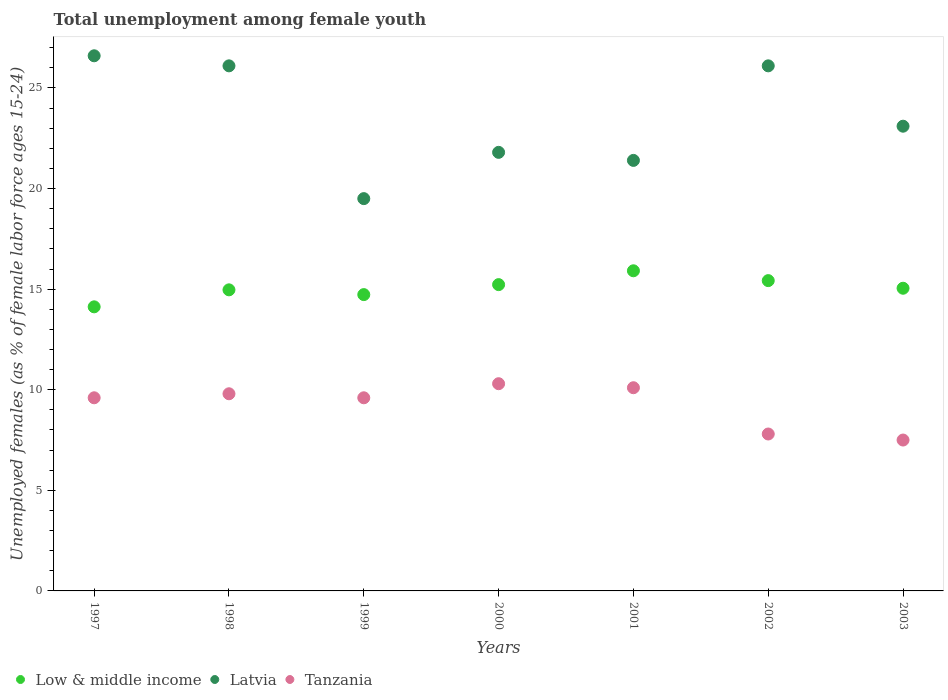
| Years | Low & middle income | Latvia | Tanzania |
 | --- | --- | --- | --- |
 | 1997 | 14.1 | 26.6 | 9.6 |
 | 1998 | 15 | 26.1 | 9.8 |
 | 1999 | 14.7 | 19.5 | 9.6 |
 | 2000 | 15.2 | 21.8 | 10.3 |
 | 2001 | 15.9 | 21.4 | 10.1 |
 | 2002 | 15.4 | 26.1 | 7.8 |
 | 2003 | 15 | 23.1 | 7.5 |